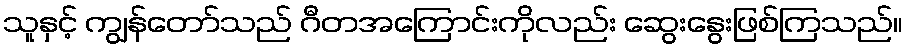
သူနှင့် ကျွန်တော်သည် ဂီတအကြောင်းကိုလည်း ဆွေးနွေးဖြစ်ကြသည်။